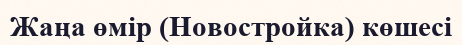
Жаңа өмір (Новостройка) көшесі